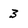
Character: 3